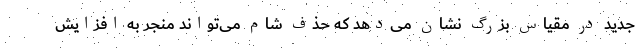
جدید در مقیاس بزرگ نشان می‌دهد که حذف شام می‌تواند منجر به افزایش